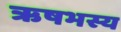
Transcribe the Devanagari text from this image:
ऋषभस्य